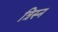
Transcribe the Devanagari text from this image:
त्रिस्न